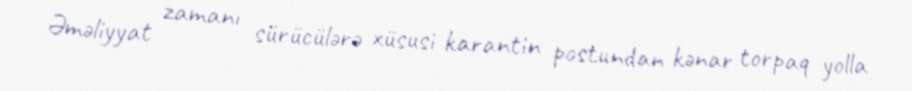
Əməliyyat zamanı sürücülərə xüsusi karantin postundan kənar torpaq yolla